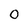
Character: 0